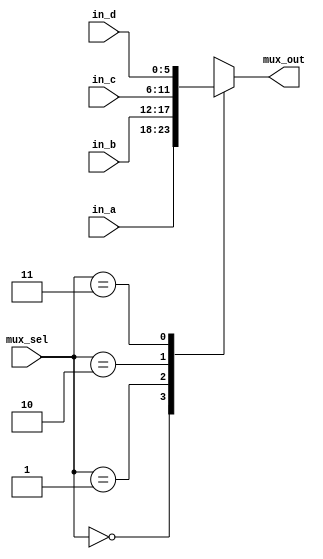
//multiplexer.v
//4->1 n-width mux
//sel = 00 => output A
//sel = 01 => output B
//sel = 10 => output C
//sel = 11 => output D

`timescale 1ns / 1ps

module mux4to1 #(parameter DATA_WIDTH = 6)
                (input [DATA_WIDTH-1:0]      in_a,
                 input [DATA_WIDTH-1:0]      in_b, 
                 input [DATA_WIDTH-1:0]      in_c,
                 input [DATA_WIDTH-1:0]      in_d,
                 input [1:0]                 mux_sel, 
                 output reg [DATA_WIDTH-1:0] mux_out);
                 
localparam SEL_A = 2'b00;
localparam SEL_B = 2'b01;
localparam SEL_C = 2'b10;
localparam SEL_D = 2'b11;

always@(*) begin
    case (mux_sel)
        SEL_A: mux_out <= in_a;
        SEL_B: mux_out <= in_b;
        SEL_C: mux_out <= in_c;
        SEL_D: mux_out <= in_d;
    endcase
end

endmodule